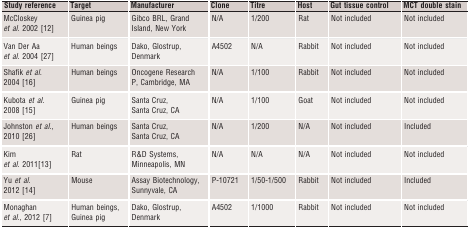
<table><thead><tr><td><b>Study reference</b></td><td><b>Target</b></td><td><b>Manufacturer</b></td><td><b>Clone</b></td><td><b>Titre</b></td><td><b>Host</b></td><td><b>Gut tissue control</b></td><td><b>MCT double stain</b></td></tr></thead><tbody><tr><td>McCloskey <i>et al</i>. 2002 12</td><td>Guinea pig</td><td>Gibco BRL, Grand Island, New York</td><td>N/A</td><td>1/200</td><td>Rat</td><td>Not included</td><td>Not included</td></tr><tr><td>Van Der Aa <i>et al</i>. 2004 27</td><td>Human beings</td><td>Dako, Glostrup, Denmark</td><td>A4502</td><td>N/A</td><td>Rabbit</td><td>Not included</td><td>Not included</td></tr><tr><td>Shafik <i>et al</i>. 2004 16</td><td>Human beings</td><td>Oncogene Research P, Cambridge, MA</td><td>N/A</td><td>1/100</td><td>Rabbit</td><td>Not included</td><td>Not included</td></tr><tr><td>Kubota <i>et al</i>. 2008 15</td><td>Guinea pig</td><td>Santa Cruz, Santa Cruz, CA</td><td>N/A</td><td>1/100</td><td>Goat</td><td>Not included</td><td>Not included</td></tr><tr><td>Johnston <i>et al</i>., 2010 26</td><td>Human beings</td><td>Santa Cruz, Santa Cruz, CA</td><td>N/A</td><td>1/200</td><td>N/A</td><td>Not included</td><td>Included</td></tr><tr><td>Kim <i>et al</i>. 201113</td><td>Rat</td><td>R&amp;D Systems, Minneapolis, MN</td><td>N/A</td><td>N/A</td><td>N/A</td><td>Not included</td><td>Not included</td></tr><tr><td>Yu <i>et al</i>. 2012 14</td><td>Mouse</td><td>Assay Biotechnology, Sunnyvale, CA</td><td>P‐10721</td><td>1/50‐1/500</td><td>Rabbit</td><td>Not included</td><td>Included</td></tr><tr><td>Monaghan <i>et al</i>., 2012 7</td><td>Human beings, Guinea pig</td><td>Dako, Glostrup, Denmark</td><td>A4502</td><td>1/1000</td><td>Rabbit</td><td>Not included</td><td>Not included</td></tr></tbody></table>